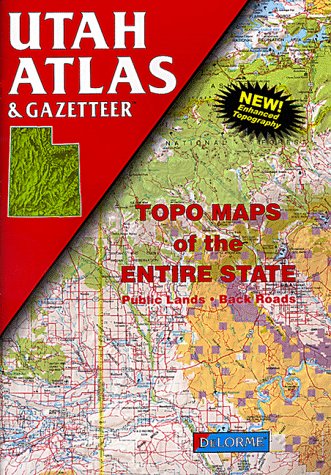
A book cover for Utah Atlas and Gazetteer (State Atlas & Gazetteer); Delmore; Travel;